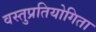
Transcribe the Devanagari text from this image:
वस्तुप्रतियोगिता